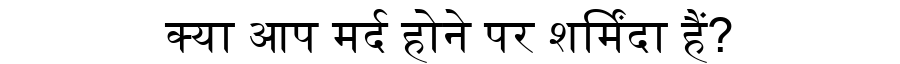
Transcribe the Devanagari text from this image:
क्या आप मर्द होने पर शर्मिंदा हैं?